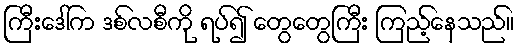
ကြီးဒေါ်က ဒစ်လစီကို ရပ်၍ တွေတွေကြီး ကြည့်နေသည်။